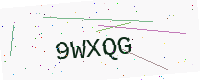
Text: 9WXQG